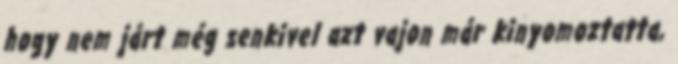
hogy nem járt még senkivel azt vajon már kinyomoztatta,